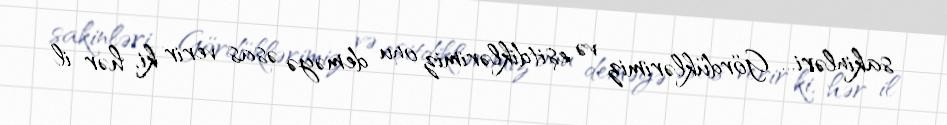
sakinləri... Gördüklərimiz və eşitdiklərimiz onu deməyə əsas verir ki, hər il